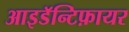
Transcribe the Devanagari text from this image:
आइडॅन्टिफ़ायर